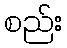
စည်း